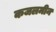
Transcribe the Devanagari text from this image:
कजलमीन